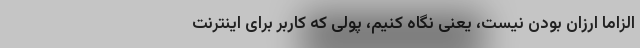
الزاما ارزان بودن نیست، یعنی نگاه کنیم، پولی که کاربر برای اینترنت